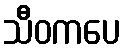
သီဝကပေ